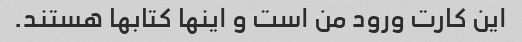
این کارت ورود من است و اینها کتابها هستند.